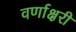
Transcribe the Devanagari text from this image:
वर्णाक्षरी